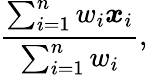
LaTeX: {\frac{\sum_{i=1}^{n}w_{i}{\boldsymbol{x}}_{i}}{\sum_{i=1}^{n}w_{i}}},